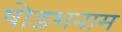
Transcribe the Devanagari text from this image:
षोडशनाम